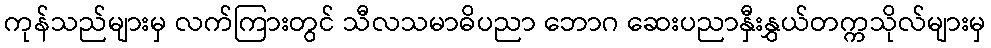
ကုန်သည်များမှ လက်ကြားတွင် သီလသမာဓိပညာ ဘောဂ ဆေးပညာနှီးနွှယ်တက္ကသိုလ်များမှ